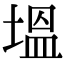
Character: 塭